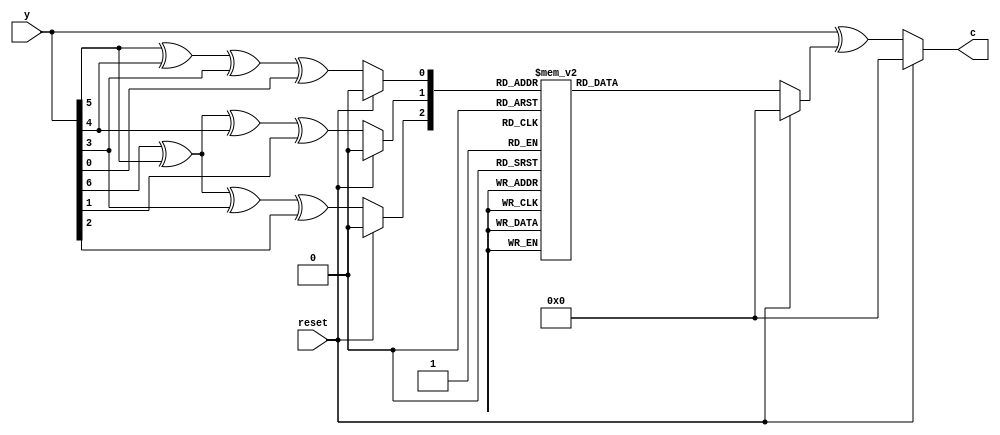
`timescale 1ns / 1ps
//////////////////////////////////////////////////////////////////////////////////
// Company: 
// Engineer: 
// 
// Design Name: 
// Module Name:    lineardecode 
// Project Name: 
// Target Devices: 
// Tool versions: 
// Description: 
//
// Dependencies: 
//
// Revision: 
// Revision 0.01 - File Created
// Additional Comments: 
//
//////////////////////////////////////////////////////////////////////////////////
module lineardecode(reset, y, c);
input reset;
input [6:0] y;
output [6:0] c;

wire [2:0] s;
reg  [6:0] e;

assign s[0] = reset ? 0 : (y[5] ^ y[4] ^ y[3] ^y[0]);
assign s[1] = reset ? 0 : (y[6] ^ y[5] ^ y[4] ^y[1]);
assign s[2] = reset ? 0 : (y[6] ^ y[5] ^ y[3] ^y[2]);

always @(s[2:0] or reset) begin
	if(reset) 
		e = 0;
	else
	   case(s[2:0]) 
		  3'b000: e = 7'b0000_000;
		  3'b001: e = 7'b0000_001;
		  3'b010: e = 7'b0000_010;
		  3'b011: e = 7'b0000_100;
		  3'b100: e = 7'b0001_000;
		  3'b101: e = 7'b0010_000;
		  3'b110: e = 7'b0100_000;
		  3'b111: e = 7'b1000_000;	
        default: e = 7'b0000_000;		  
		endcase
end

assign c = reset ? 0 : y ^ e;

endmodule